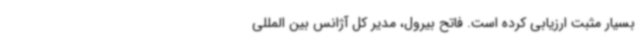
بسیار مثبت ارزیابی کرده است. فاتح بیرول، مدیر کل آژانس بین المللی